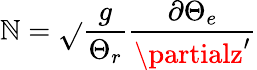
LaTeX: \mathbb{N}=\sqrt{}{{\frac{{g}}{{\Theta_{r}}}\frac{{\partial\Theta_{e}}}{{\partialz^{\prime}}}}}